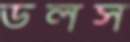
ডলস